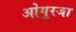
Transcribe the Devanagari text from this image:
ओगुरजा